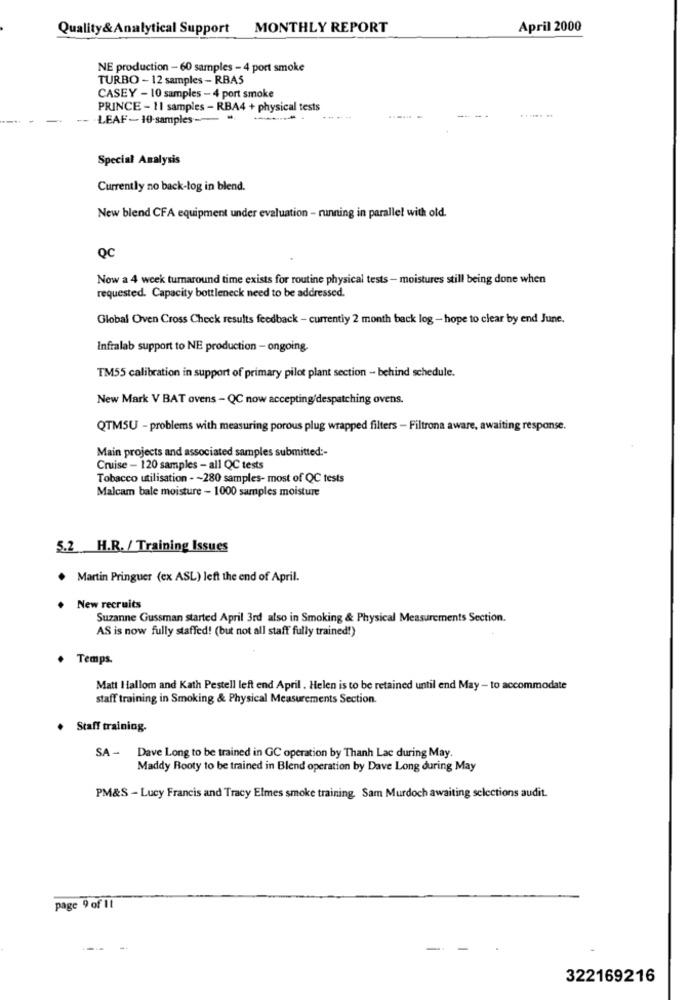
Quality& Analytical Support
MONTHLY REPORT
April 2000
NE production - 60 samples - 4 port smoke
TURBO - 12 samples - RBA5
CASEY - 10 samples - 4 port smoke
PRINCE - 11 samples - RBA4 + physical tests
...... ..
LEAF - 10-samples --
Special Analysis
Currently no back-log in blend.
New blend CFA equipment under evaluation - running in parallel with old.
QC
Now a 4 week turnaround time exists for routine physical tests - moistures still being done when
requested. Capacity bottleneck need to be addressed.
Global Oven Cross Check results feedback - currently 2 month back log - hope to clear by end June.
Infralab support to NE production - ongoing.
TM55 calibration in support of primary pilot plant section - behind schedule.
New Mark V BAT ovens - QC now accepting/despatching ovens.
QTMSU - problems with measuring porous plug wrapped filters - Filtrona aware, awaiting response.
Main projects and associated samples submitted :-
Cruise - 120 samples - all QC tests
Tobacco utilisation - - 280 samples- most of QC tests
Malcam bale moisture - 1000 samples moisture
5.2 H.R. / Training Issues
. Martin Pringuer (ex ASL) left the end of April.
New recruits
Suzanne Gussman started April 3rd also in Smoking & Physical Measurements Section.
AS is now fully staffed! (but not all staff fully trained!)
Temps.
Matt Hallom and Kath Pestell left end April . Helen is to be retained until end May - to accommodate
staff training in Smoking & Physical Measurements Section.
Staff training.
SA - Dave Long to be trained in GC operation by Thanh Lac during May.
Maddy Rooty to be trained in Blend operation by Dave Long during May
PM&S - Lucy Francis and Tracy Elmes smoke training. Sam Murdoch awaiting selections audit.
page 9 of Il
322169216